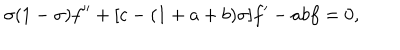
\sigma ( 1 - \sigma ) f ^ { \prime \prime } + [ c - ( 1 + a + b ) \sigma ] f ^ { \prime } - a b f = 0 ,